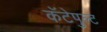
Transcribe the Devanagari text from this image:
कॅटेपुल्ट